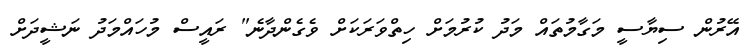
އޭރުން ސިޔާސީ މަގާމުތައް މަދު ކުރުމަށް ހިތްވަރަކަށް ވެގެންދާނެ" ރައީސް މުހައްމަދު ނަޝީދަށް